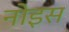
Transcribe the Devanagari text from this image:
नोइस